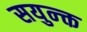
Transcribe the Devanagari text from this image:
सयुन्क्त